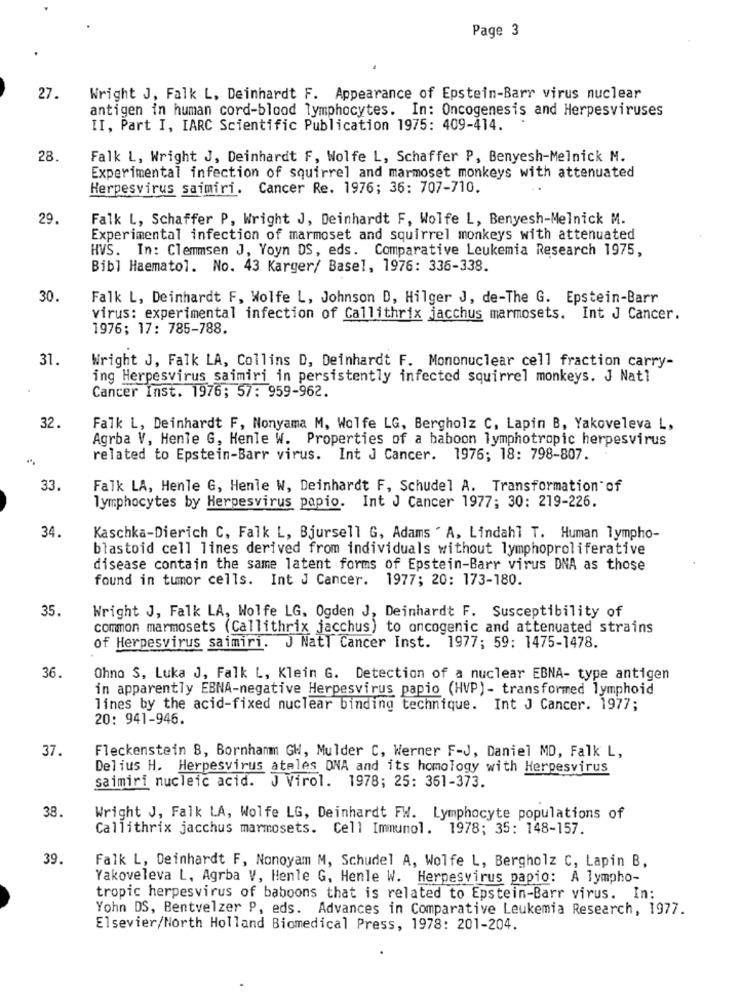
Page 3
27.
Wright J, Falk L. Deinhardt F. Appearance of Epstein-Barr virus nuclear
antigen in human cord-blood lymphocytes. In: Oncogenesis and Herpesviruses
II, Part I, IARC Scientific Publication 1975: 409-414.
28.
Falk L, Wright J, Deinhardt F, Wolfe L, Schaffer P, Benyesh-Melnick M.
Experimental infection of squirrel and marmoset monkeys with attenuated
Herpesvirus saimiri. Cancer Re. 1976; 36: 707-710.
29.
Falk L, Schaffer P, Wright J, Deinhardt F, Wolfe L, Benyesh-Melnick M.
Experimental infection of marmoset and squirrel monkeys with attenuated
HVS. In: Clemmsen J, Yoyn DS, eds. Comparative Leukemia Research 1975,
Bibl Haematol. No. 43 Karger/ Basel, 1976: 336-338.
30.
Falk L, Deinhardt F, Wolfe L, Johnson D, Hilger J, de-The G. Epstein-Barr
virus: experimental infection of Callithrix jacchus marmosets. Int J Cancer.
1976; 17: 785-788.
31
Wright J, Falk LA, Collins D, Deinhardt F. Mononuclear cell fraction carry-
ing Herpesvirus saimiri in persistently infected squirrel monkeys. J Nat1
Cancer Inst. 1976; 57: 959-962.
32.
Falk L, Deinhardt F, Nonyama M, Wolfe LG, Bergholz C, Lapin B, Yakoveleva L,
Agrba V, Hente G, Henle W. Properties of a baboon lymphotropic herpesvirus
related to Epstein-Barr virus. Int J Cancer. 1976; 18: 798-807.
33
Falk LA, Henle G, Henle W, Deinhardt F, Schudel A. Transformation of
lymphocytes by Herpesvirus papio. Int J Cancer 1977; 30: 219-226.
34.
Kaschka-Dierich C, Falk L, Bjursell G, Adams ' A, Lindahl T. Human lympho-
blastoid cell lines derived from individuals without lymphoproliferative
disease contain the same latent forms of Epstein-Barr virus DNA as those
found in tumor cells. Int J Cancer.
1977; 20: 173-180.
35.
Wright J, Falk LA, Wolfe LG, Ogden J, Deinhardt F. Susceptibility of
common marmosets (Callithrix jacchus) to oncogenic and attenuated strains
of Herpesvirus saimiri. J Natl Cancer Inst. 1977; 59: 1475-1478.
36
Ohno S, Luka J, Falk L, Klein G. Detection of a nuclear EBNA- type antigen
in apparently EBNA-negative Herpesvirus papio (HVP) - transformed lymphoid
lines by the acid-fixed nuclear binding technique. Int J Cancer. 1977;
20: 941-946.
37.
Fleckenstein 8, Bornhamm GW, Mulder C, Werner F-J, Daniel MD, Falk L,
Delius H. Herpesvirus ateles DNA and its homology with Herpesvirus
saimiri nucleic acid. J Virol. 1978; 25: 361-373.
38.
Wright J, Falk LA, Wolfe LG, Deinhardt FW. Lymphocyte populations of
Callithrix jacchus marmosets. Cell Immunol. 1978; 35: 148-157.
39.
Falk L, Deinhardt F, Nonoyam M, Schudel A, Wolfe L, Bergholz C, Lapin B,
Yakoveleva L, Agrba V, Henle G, Henle W. Herpesvirus papio: A lympho-
tropic herpesvirus of baboons that is related to Epstein-Barr virus. In:
Yohn DS, Bentvelzer P, eds. Advances in Comparative Leukemia Research, 1977.
Elsevier/North Holland Biomedical Press, 1978: 201-204.